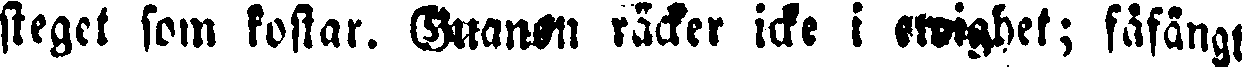
steget som kostar. Suanen räcker icke i ewighet; fåfängt